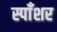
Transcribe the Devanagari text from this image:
स्पाँशर